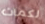
لكمات